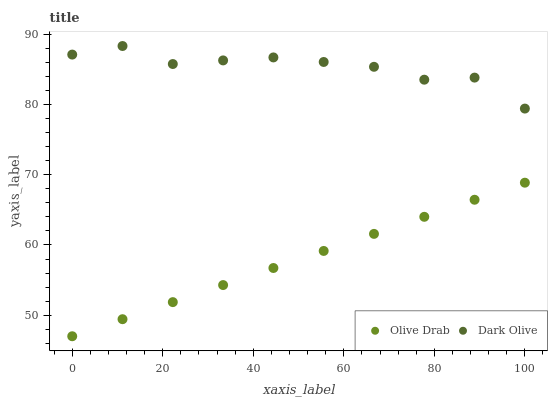
| xaxis_label | Olive Drab | Dark Olive |
 | --- | --- | --- |
 | 0 | 47 | 87.1 |
 | 11.1 | 49.4 | 88.3 |
 | 22.2 | 51.9 | 85.8 |
 | 33.3 | 54.3 | 86.3 |
 | 44.4 | 56.7 | 86.7 |
 | 55.6 | 59.2 | 86.1 |
 | 66.7 | 61.6 | 85.4 |
 | 77.8 | 64 | 83.5 |
 | 88.9 | 66.4 | 83.8 |
 | 100 | 68.9 | 79.4 |